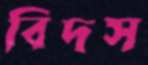
বিদস